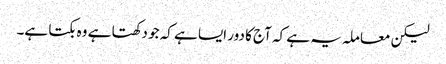
لیکن معاملہ یہ ہے کہ آج کا دور ایسا ہے کہ جو دکھتا ہے وہ بکتا ہے۔